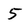
Character: 5